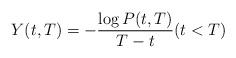
LaTeX: \begin{align*}Y(t,T)=-\frac{\log P(t,T)}{T-t}(t<T)\end{align*}